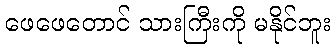
ဖေဖေတောင် သားကြီးကို မနိုင်ဘူး